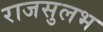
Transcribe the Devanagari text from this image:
राजसुलभ